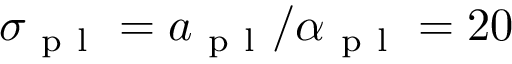
\sigma _ { \mathrm { ~ p ~ l ~ } } = a _ { \mathrm { ~ p ~ l ~ } } / \alpha _ { \mathrm { ~ p ~ l ~ } } = 2 0